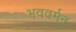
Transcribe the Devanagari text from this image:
भववर्मन्‌